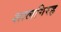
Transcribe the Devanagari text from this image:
शालगिरह